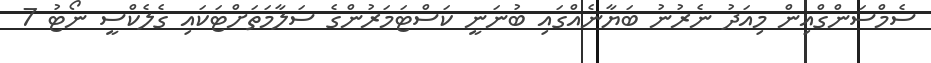
ސެމްސަންގްއިން މިއަދު ނެރުނު ބަޔާނެއްގައި ބުނަނީ ކަސްޓަމަރުންގެ ސަލާމަތަށްޓަކައި ގެލެކްސީ ނޯޓު 7